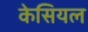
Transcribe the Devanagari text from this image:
केसियल